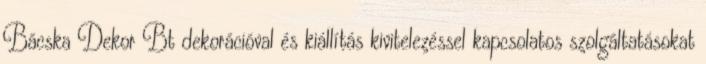
Bácska Dekor Bt dekorációval és kiállítás kivitelezéssel kapcsolatos szolgáltatásokat